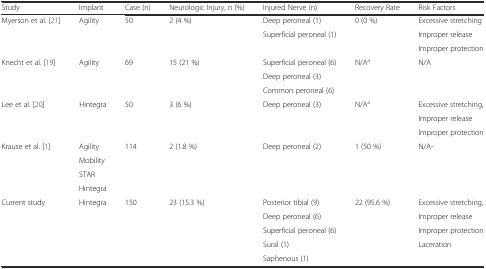
<table><thead><tr><td><b>Study</b></td><td><b>Implant</b></td><td><b>Case (n)</b></td><td><b>Neurologic Injury, n (%)</b></td><td><b>Injured Nerve (n)</b></td><td><b>Recovery Rate</b></td><td><b>Risk Factors</b></td></tr></thead><tbody><tr><td rowspan="3">Myerson et al. [21]</td><td>Agility</td><td>50</td><td>2 (4 %)</td><td>Deep peroneal (1)</td><td>0 (0 %)</td><td>Excessive stretching</td></tr><tr><td rowspan="2"></td><td rowspan="2"></td><td rowspan="2"></td><td rowspan="2">Superficial peroneal (1)</td><td rowspan="2"></td><td>Improper release</td></tr><tr><td>Improper protection</td></tr><tr><td rowspan="3">Knecht et al. [19]</td><td rowspan="3">Agility</td><td rowspan="3">69</td><td rowspan="3">15 (21 %)</td><td>Superficial peroneal (6)</td><td rowspan="3">N/A<sup>a</sup></td><td rowspan="3">N/A</td></tr><tr><td>Deep peroneal (3)</td></tr><tr><td>Common peroneal (6)</td></tr><tr><td rowspan="3">Lee et al. [20]</td><td rowspan="3">Hintegra</td><td rowspan="3">50</td><td rowspan="3">3 (6 %)</td><td rowspan="3">Deep peroneal (3)</td><td rowspan="3">N/A<sup>a</sup></td><td>Excessive stretching,</td></tr><tr><td>Improper release</td></tr><tr><td>Improper protection</td></tr><tr><td rowspan="4">Krause et al. [1]</td><td>Agility</td><td rowspan="4">114</td><td rowspan="4">2 (1.8 %)</td><td rowspan="4">Deep peroneal (2)</td><td rowspan="4">1 (50 %)</td><td rowspan="4">N/A-</td></tr><tr><td>Mobility</td></tr><tr><td>STAR</td></tr><tr><td>Hintegra</td></tr><tr><td rowspan="5">Current study</td><td rowspan="5">Hintegra</td><td rowspan="5">150</td><td rowspan="5">23 (15.3 %)</td><td>Posterior tibial (9)</td><td rowspan="5">22 (95.6 %)</td><td>Excessive stretching,</td></tr><tr><td>Deep peroneal (6)</td><td>Improper release</td></tr><tr><td>Superficial peroneal (6)</td><td>Improper protection</td></tr><tr><td>Sural (1)</td><td rowspan="2">Laceration</td></tr><tr><td>Saphenous (1)</td></tr></tbody></table>